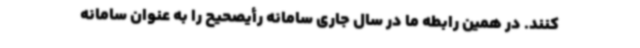
کنند. در همین رابطه ما در سال جاری سامانه رأیصحیح را به عنوان سامانه